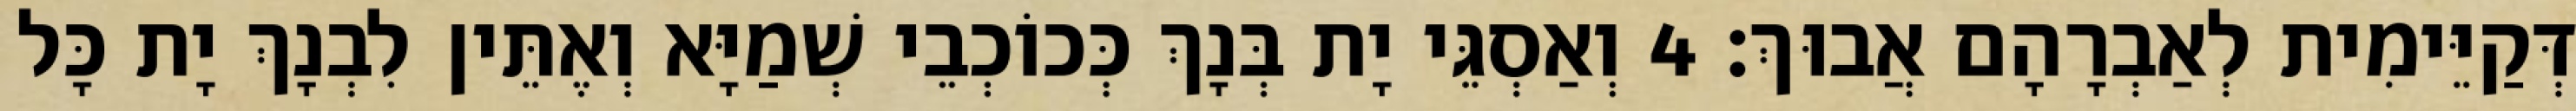
דְּקַיֵּימִית לְאַבְרָהָם אֲבוּךְ׃ 4 וְאַסְגֵּי יָת בְּנָךְ כְּכוֹכְבֵי שְׁמַיָּא וְאֶתֵּין לִבְנָךְ יָת כָּל